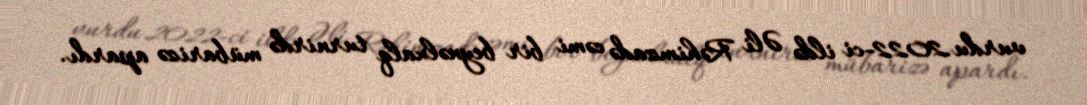
vurdu.2022-ci ildə Əli Rəhimzadə cəmi bir beynəlxalq turnirdə mübarizə apardı.